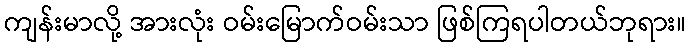
ကျန်းမာလို့ အားလုံး ဝမ်းမြောက်ဝမ်းသာ ဖြစ်ကြရပါတယ်ဘုရား။